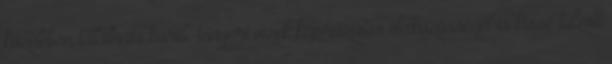
közelében található karib-tengeri vizek káprázatos életközösségét is kissé túlzott